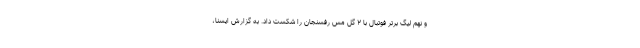
و نهم لیگ برتر فوتبال با ۲ گل مس رفسنجان را شکست داد. به گزارش ایسنا،